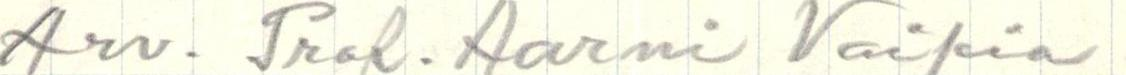
Arv. Prof. Aarni Voipio